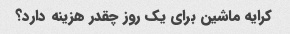
کرایه ماشین برای یک روز چقدر هزینه دارد؟